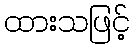
ထားသဖြင့်